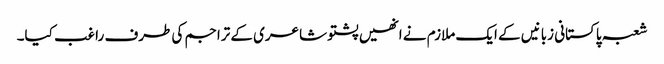
شعبہ پاکستانی زبانیں کے ایک ملازم نے انھیں پشتو شاعری کے تراجم کی طرف راغب کیا۔